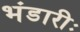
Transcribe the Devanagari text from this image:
भंडारीः